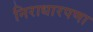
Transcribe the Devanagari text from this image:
निराधारपणा